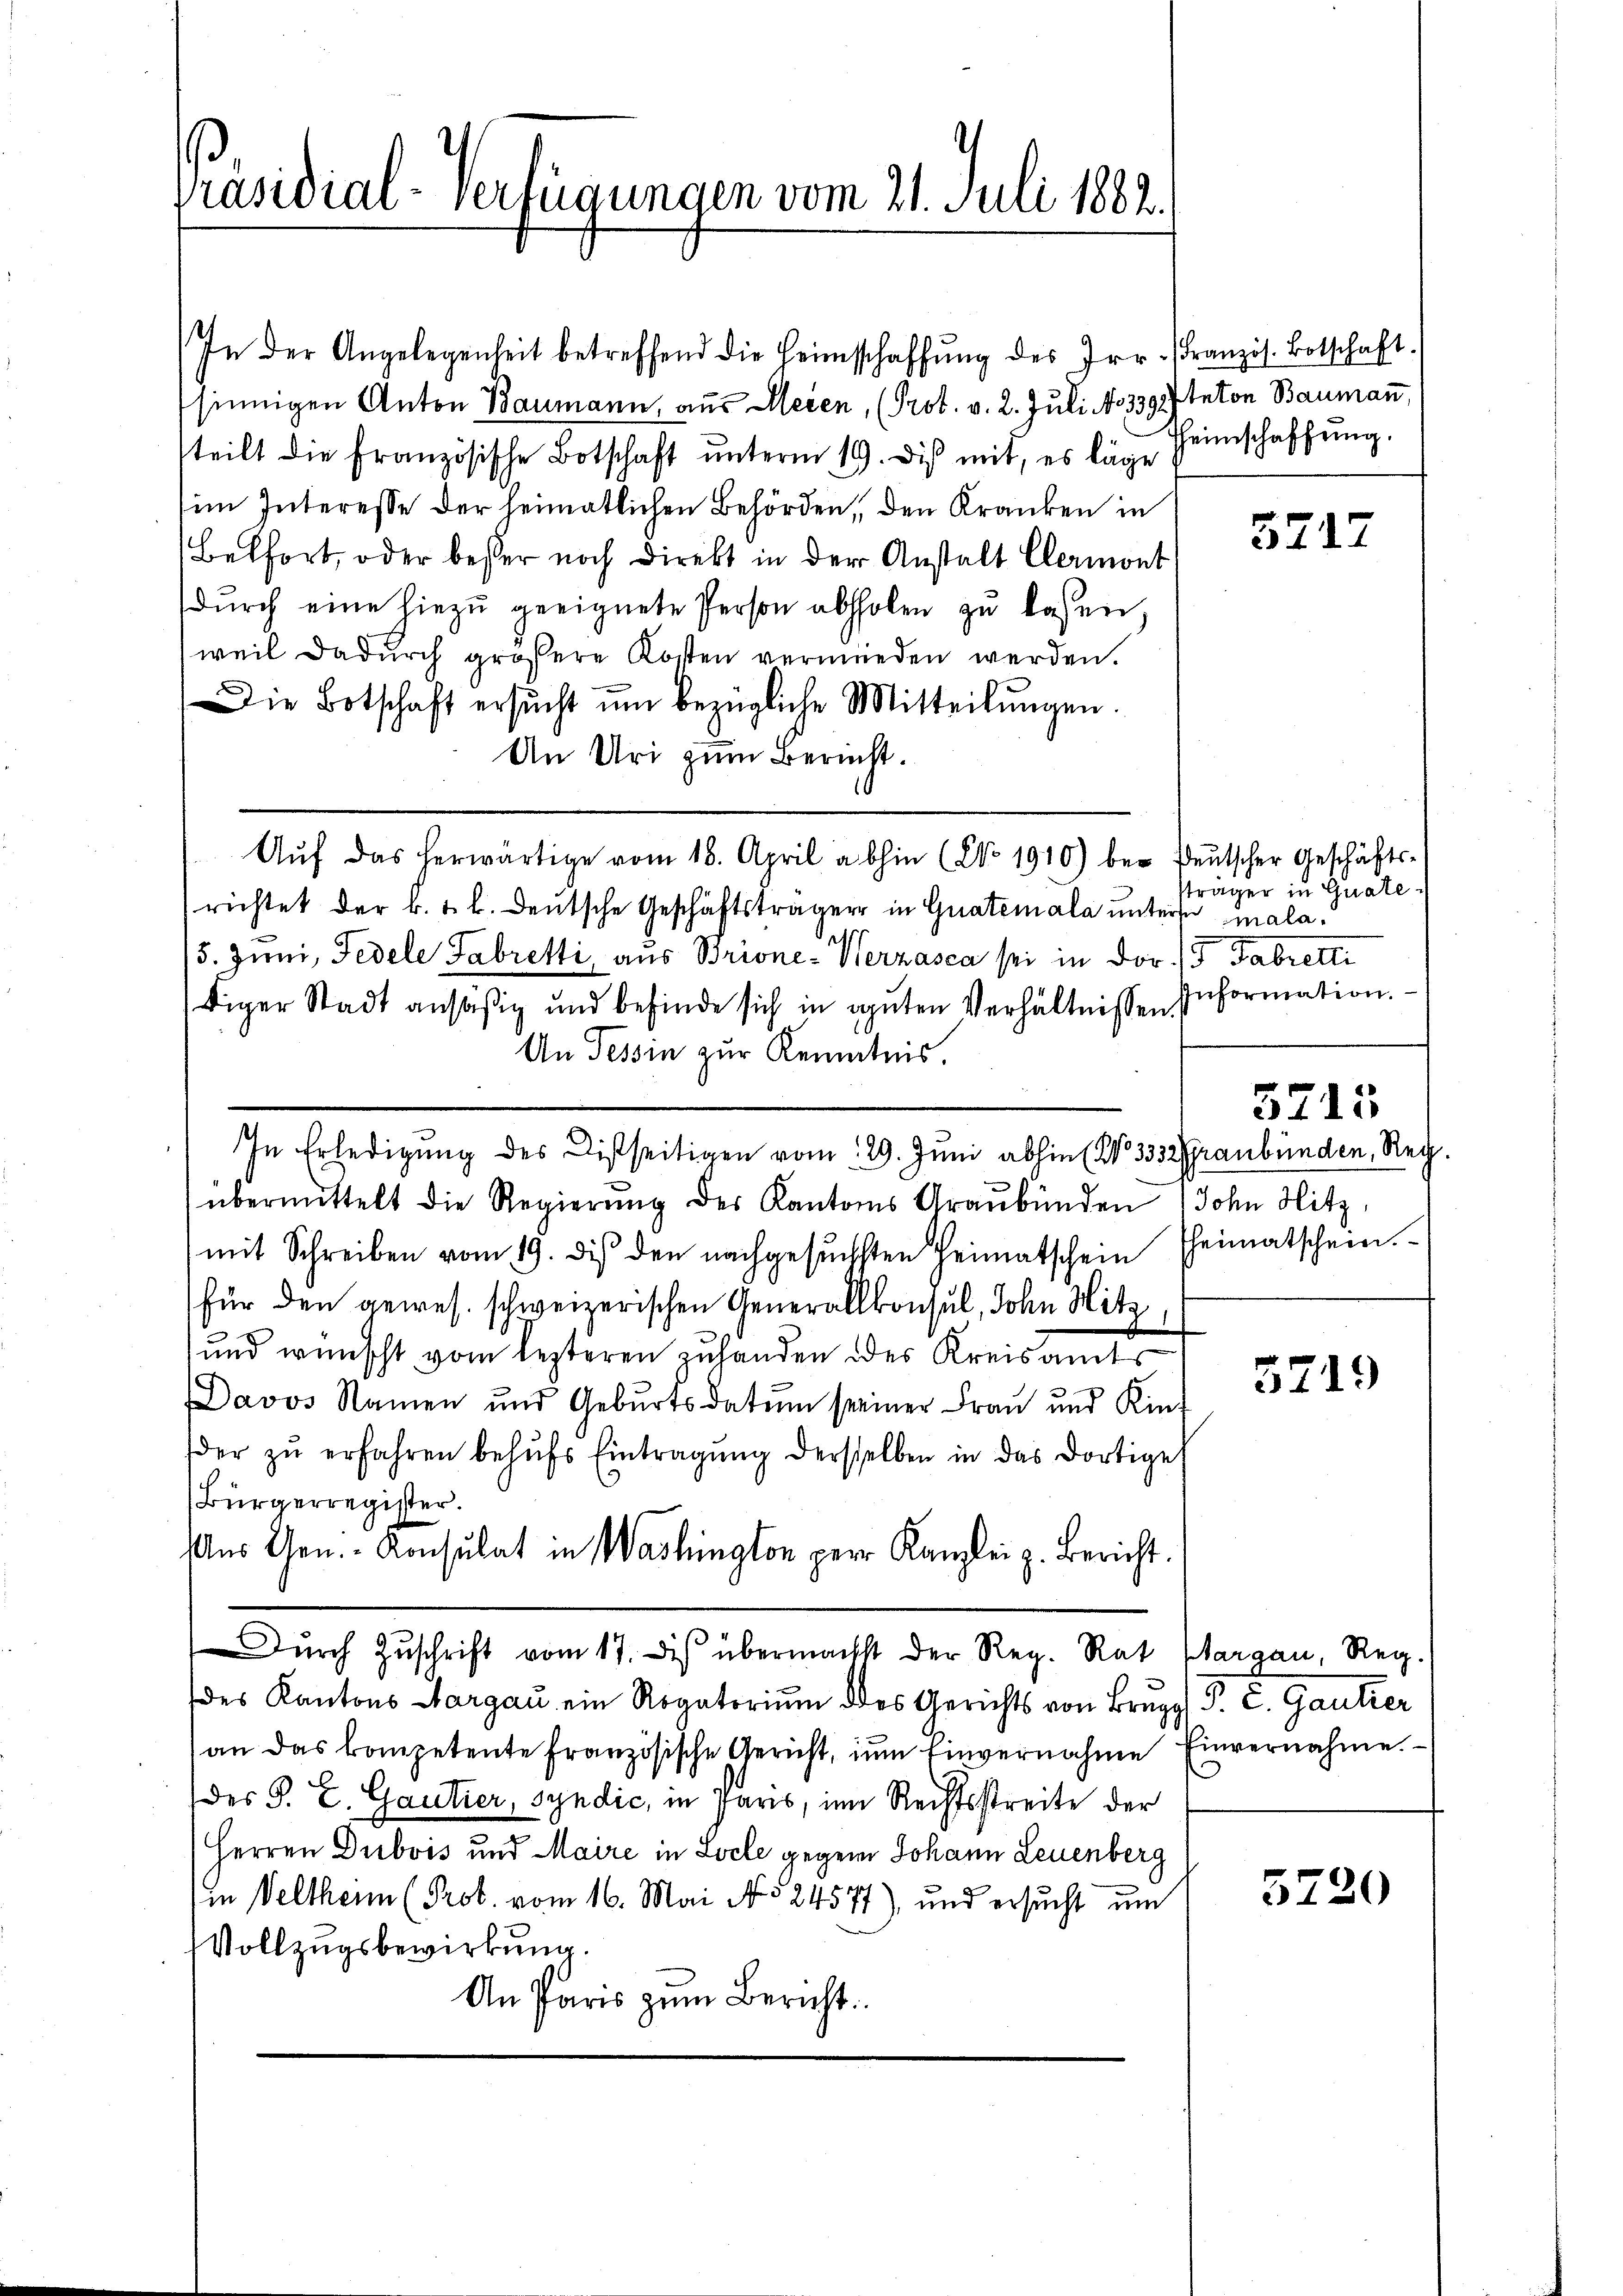
Präsidial-Verfügungen vom 21. Juli 1882.

In der Angelegenheit betreffend die Heimschaffŭng des Irr. (Französ. Botschaft.
sinnigen Anton Baumann, aus Meien, (Prot. v. 2. Juli No 339) Anton Baumann,
teilt die französische Botschaft ŭnterm 19. dis mit, es läge
im Interesse der heimatlichen Behörden, den Kranken in
Belfort, oder besser noch Direkt in der Anstalt Clermont
dŭrch eine hiezŭ geeignete Person abholen zŭ lassen,
weil dadŭrch größere Kosten vermieden werden.
Die Botschaft ersŭcht ŭm bezügliche Mitteilŭngen.
An Uri zum Bericht.
.
Aŭf das herwärtige vom 16. April abhin (No. 1910) bei deŭtscher Geschäfts-
richtet der k. k. k. deutsche Geschäftsträger in Gratemala unterse mala¬
15. Juni, Fedele Fabretti, aus Brione-Werzasca sei in Dor./ Fabrett
biger Stadt ansäßig und befinde sich in guten Verhältnissen.
An Tessin zur Kenntnis.
In Erledigung des Disseitigen vom 29. Juni abhin (No 3332 Graubünden, Reg.
übermittelt die Regierŭng des Kantons Graubünden John Hitz
mit Schreiben vom 19. des den nachgesŭchsten Heimatschein Heimatschein.
für den gewes. schweizerischen Generallkonsul, John Hitz
und wünscht vom lezteren zuhanden des Kreisamts
Davos Namen und Gebŭrtsdatŭm seiner Fraŭ und Kin-
der zŭ erfahren behŭfs Eintragŭng derselben in das dortige
Bürgerregister.
Aus Gen.- Konsulat in Washington per Kanzlei z. Bericht.
Dŭrch Zŭschrift vom 17. des übermacht der Reg. Rat Margau, Reg.
des Kantons Aargau ein Rogatorium des Gerichts von Brugg P. C. Gantrer
an das kompetente französische Gericht, zŭm Einvernahme Einvernahme.
des P. L. Gautier, Syndic, in Paris, im Rechtsstreite der
Herren Dubois und Maire in Loche gegen Johann Leuenberg
in Veltheim (Prot. vom 16. Mai No 24577), und ersucht um
Vollzugsbewirkung.
An Paris zum Bericht

Heimschaffung.

5717

sträger in Guate
Information.

5715

5719

5720